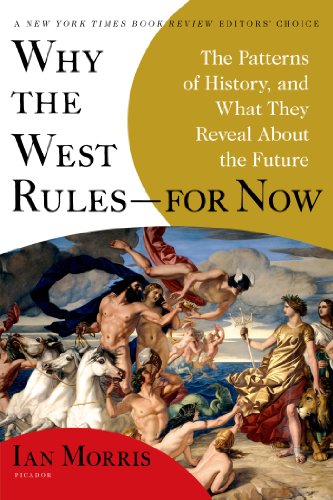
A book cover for Why the West Rules--for Now: The Patterns of History, and What They Reveal About the Future; Ian Morris; Science & Math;